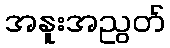
အနူးအညွတ်